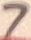
Text: 7